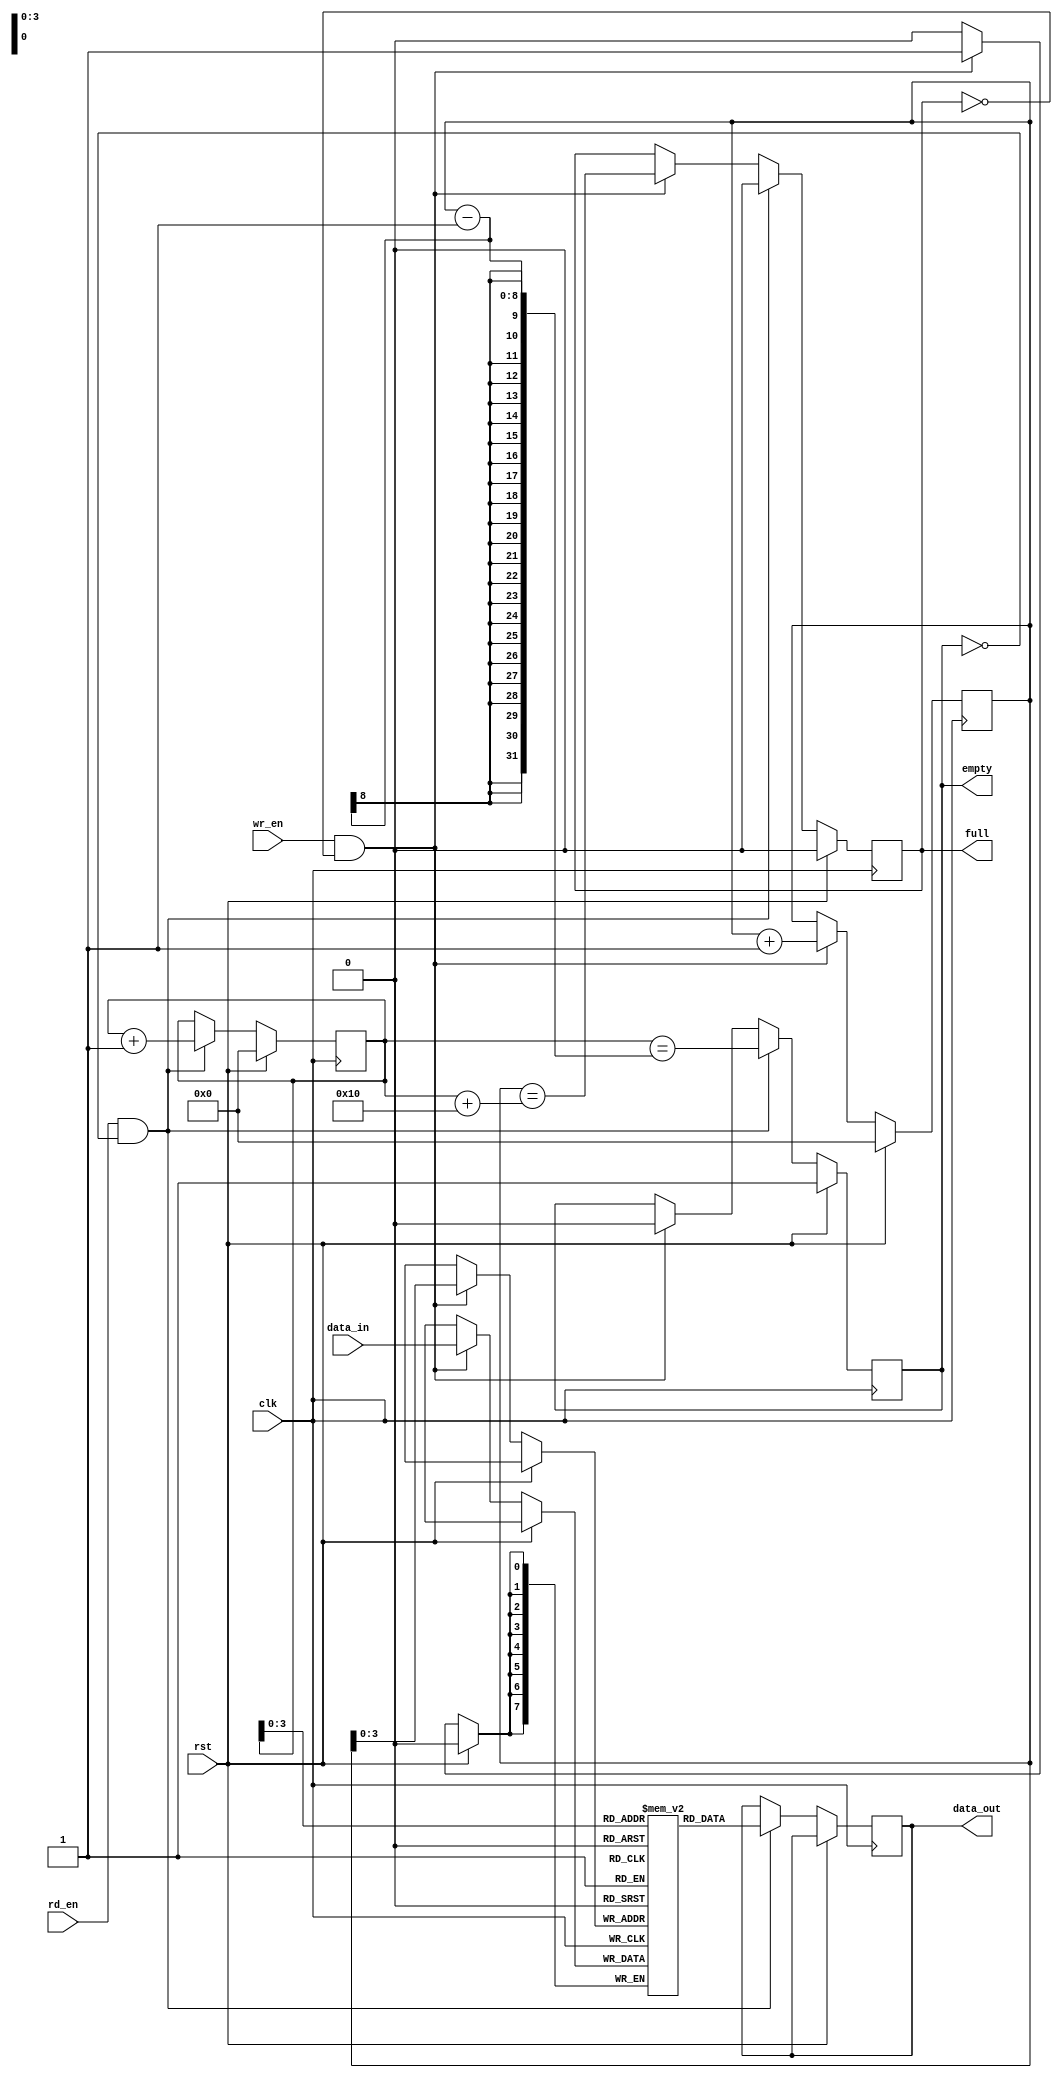
module fifo_buffer #(
    parameter DATA_WIDTH = 8,
    parameter DEPTH = 16
)(
    input wire clk,
    input wire rst,
    input wire wr_en,
    input wire rd_en,
    input wire [DATA_WIDTH-1:0] data_in,
    output reg [DATA_WIDTH-1:0] data_out,
    output reg full,
    output reg empty
);

reg [DATA_WIDTH-1:0] fifo [DEPTH-1:0];
reg [DATA_WIDTH-1:0] read_ptr, write_ptr;

// Timing control
always @(posedge clk) begin
    if (rst) begin
        read_ptr <= 0;
        write_ptr <= 0;
        full <= 0;
        empty <= 1;
    end else begin
        if (wr_en && !full) begin
            fifo[write_ptr] <= data_in;
            write_ptr <= write_ptr + 1;
            full <= (write_ptr == read_ptr + DEPTH);
            empty <= 0;
        end
        if (rd_en && !empty) begin
            data_out <= fifo[read_ptr];
            read_ptr <= read_ptr + 1;
            full <= 0;
            empty <= (read_ptr == write_ptr - 1);
        end
    end
end

endmodule